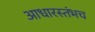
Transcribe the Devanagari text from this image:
आधारस्तंभच